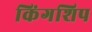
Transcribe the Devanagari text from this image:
किंगशिप